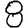
Digit: 8